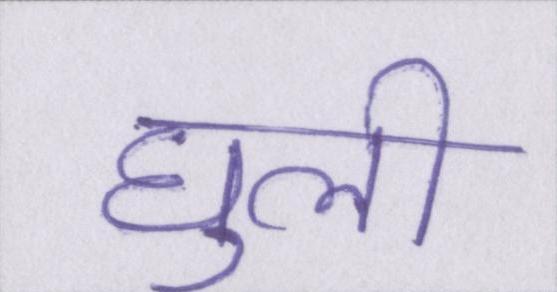
घुली